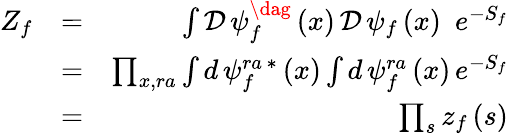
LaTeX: \begin{array}{rlr}{Z_{f}}&{=}&{\int\mathcal{D}\, \psi_{f}^{\dag}\left(x\right)\, \mathcal{D}\, \psi_{f}\left(x\right)\, \, \, e^{-S_{f}}}\\ &{=}&{\prod_{x,ra}\int d\, \psi_{f}^{ra\, \ast}\left(x\right)\int d\, \psi_{f}^{ra}\left(x\right)\, e^{-S_{f}}}\\ &{=}&{\prod_{s}z_{f}\left(s\right)}\end{array}